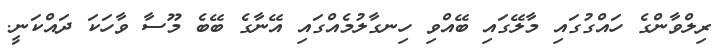
ރިލްވާންގެ ހައްގުގައި މާލޭގައި ބޭއްވި ހިނގާލުމެއްގައި އޭނާގެ ބޭބެ މޫސާ ވާހަކަ ދައްކަނީ.